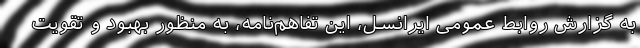
به گزارش روابط عمومی ایرانسل، این تفاهم‌نامه، به منظور بهبود و تقویت